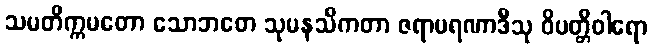
သမတိက္ကမတော သောဘတေ သုမနသိကတာ ဇရာမရဏာဒီသု ဝိပတ္တိဝါရော